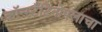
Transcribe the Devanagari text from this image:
कॉन्स्टँटिनोपलाचा